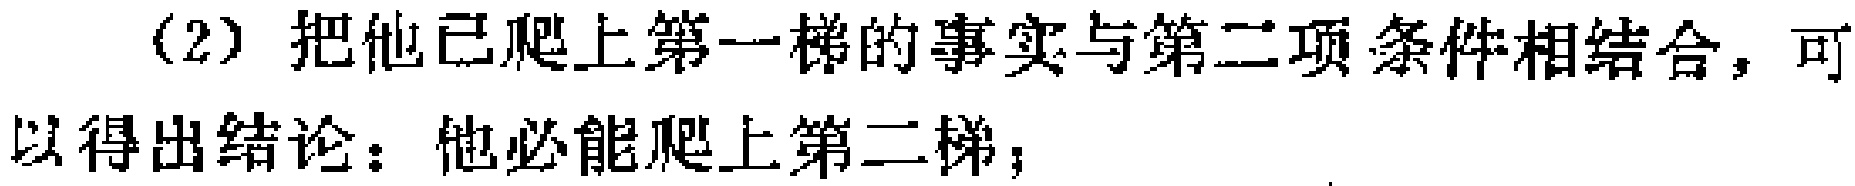
（2）把他已爬上第一梯的事实与第二项条件相结合，可以得出结论：他必能爬上第二梯；